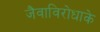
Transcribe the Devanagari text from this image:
जैवाविरोधाके